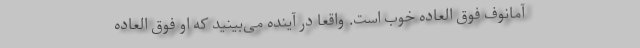
آمانوف فوق العاده خوب است. واقعا در آینده می‌بینید که او فوق العاده